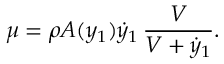
\mu = \rho A ( y _ { 1 } ) \dot { y } _ { 1 } \, \frac { V } { V + \dot { y } _ { 1 } } .